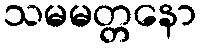
သမမတ္တနော